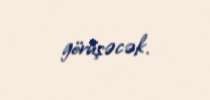
görüşəcək.